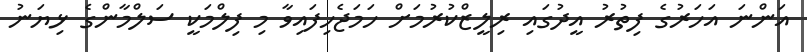
އަންނަ އަހަރުގެ ފިތުރު އީދުގައި ރިލީޒްކުރުމަށް ހަމަޖެހިފައިވާ މި ފިލްމަކީ ސަލްމާންގެ ޅިޔަނު